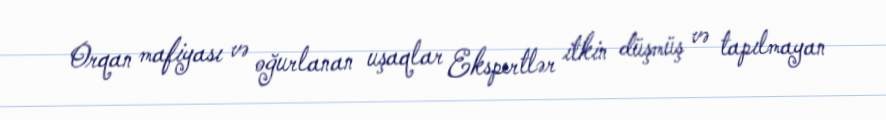
Orqan mafiyası və oğurlanan uşaqlar Ekspertlər itkin düşmüş və tapılmayan